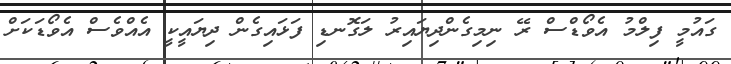
ގައުމީ ފިލްމު އެވޯޑްސް ރޭ ނިމިގެންދިޔައިރު ލަގޮނޑި ފަޅައިގެން ދިޔައީކީ އެއްވެސް އެވޯޑަކަށް